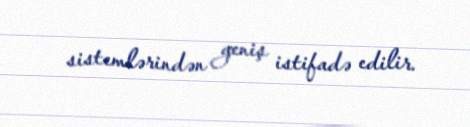
sistemlərindən geniş istifadə edilir.